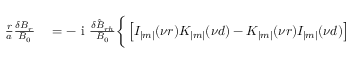
\begin{array} { r } { \begin{array} { r l } { \frac { r } { a } \frac { \delta B _ { r } } { B _ { 0 } } } & { { } = - \mathrm { ~ i ~ } \frac { \delta \hat { B } _ { r h } } { B _ { 0 } } \bigg \{ \left[ I _ { | m | } ( \nu r ) K _ { | m | } ( \nu d ) - K _ { | m | } ( \nu r ) I _ { | m | } ( \nu d ) \right] } \end{array} } \end{array}